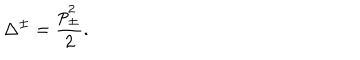
LaTeX: \Delta ^ { \pm } = \displaystyle \frac { p _ { \pm } ^ { 2 } } { 2 } .